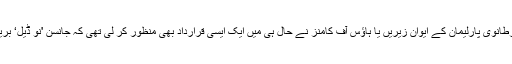
بورس جانسن کو ان کے ان ارادوں سے روکنے کے لیے برطانوی پارلیمان کے ایوان زیریں یا ہاؤس آف کامنز نے حال ہی میں ایک ایسی قرارداد بھی منظور کر لی تھی کہ جانسن 'نو ڈیل‘ بریگزٹ پر اکتیس اکتوبر کو عمل درآمد نہیں کر سکتے تھے۔